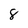
Character: 8